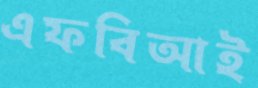
এফবিআই